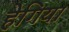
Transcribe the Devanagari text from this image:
हेगिया